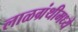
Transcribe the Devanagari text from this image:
लाळग्रंथीमध्ये